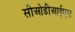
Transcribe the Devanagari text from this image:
सीओडीआईएस